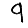
Digit: 9